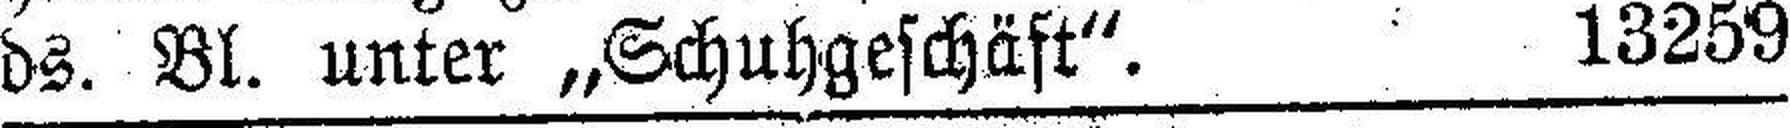
ds. Bl. unter „Schuhgeschäft". 13259